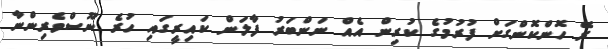
ރޭ ހޮންކޮންގަށް ފުރުމުގެ ކުރިން އެއް ނަންބަރު ފާލަން ކައިރީގައި ހުރެ ނޫސްވެރިންނާ